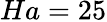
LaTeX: Ha=25